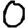
Digit: 0